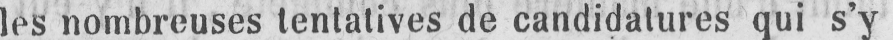
les nombreuses tentatives de candidatures qui s’y